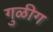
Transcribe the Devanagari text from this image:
गुळीग